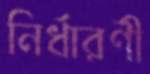
নির্ধারণী